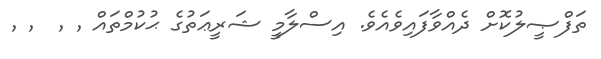
ތަފްޞީލުކޮށް ދެއްވާފައިވެއެވެ. އިސްލާމީ ޝަރީޢަތުގެ ޙުކުމްތައް